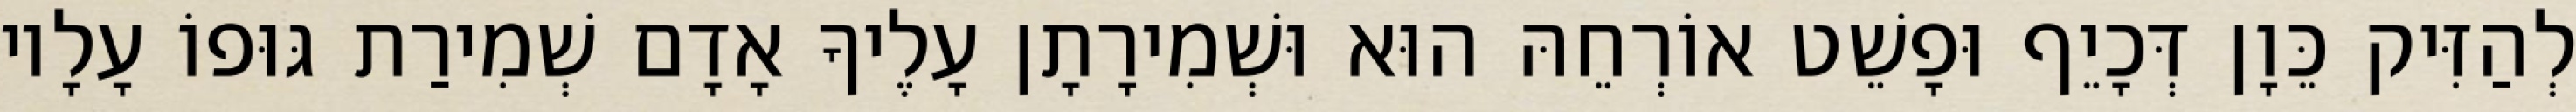
לְהַזִּיק כֵּוָן דְּכָיֵף וּפָשֵׁט אוֹרְחֵהּ הוּא וּשְׁמִירָתָן עָלֶיךָ אָדָם שְׁמִירַת גּוּפוֹ עָלָיו